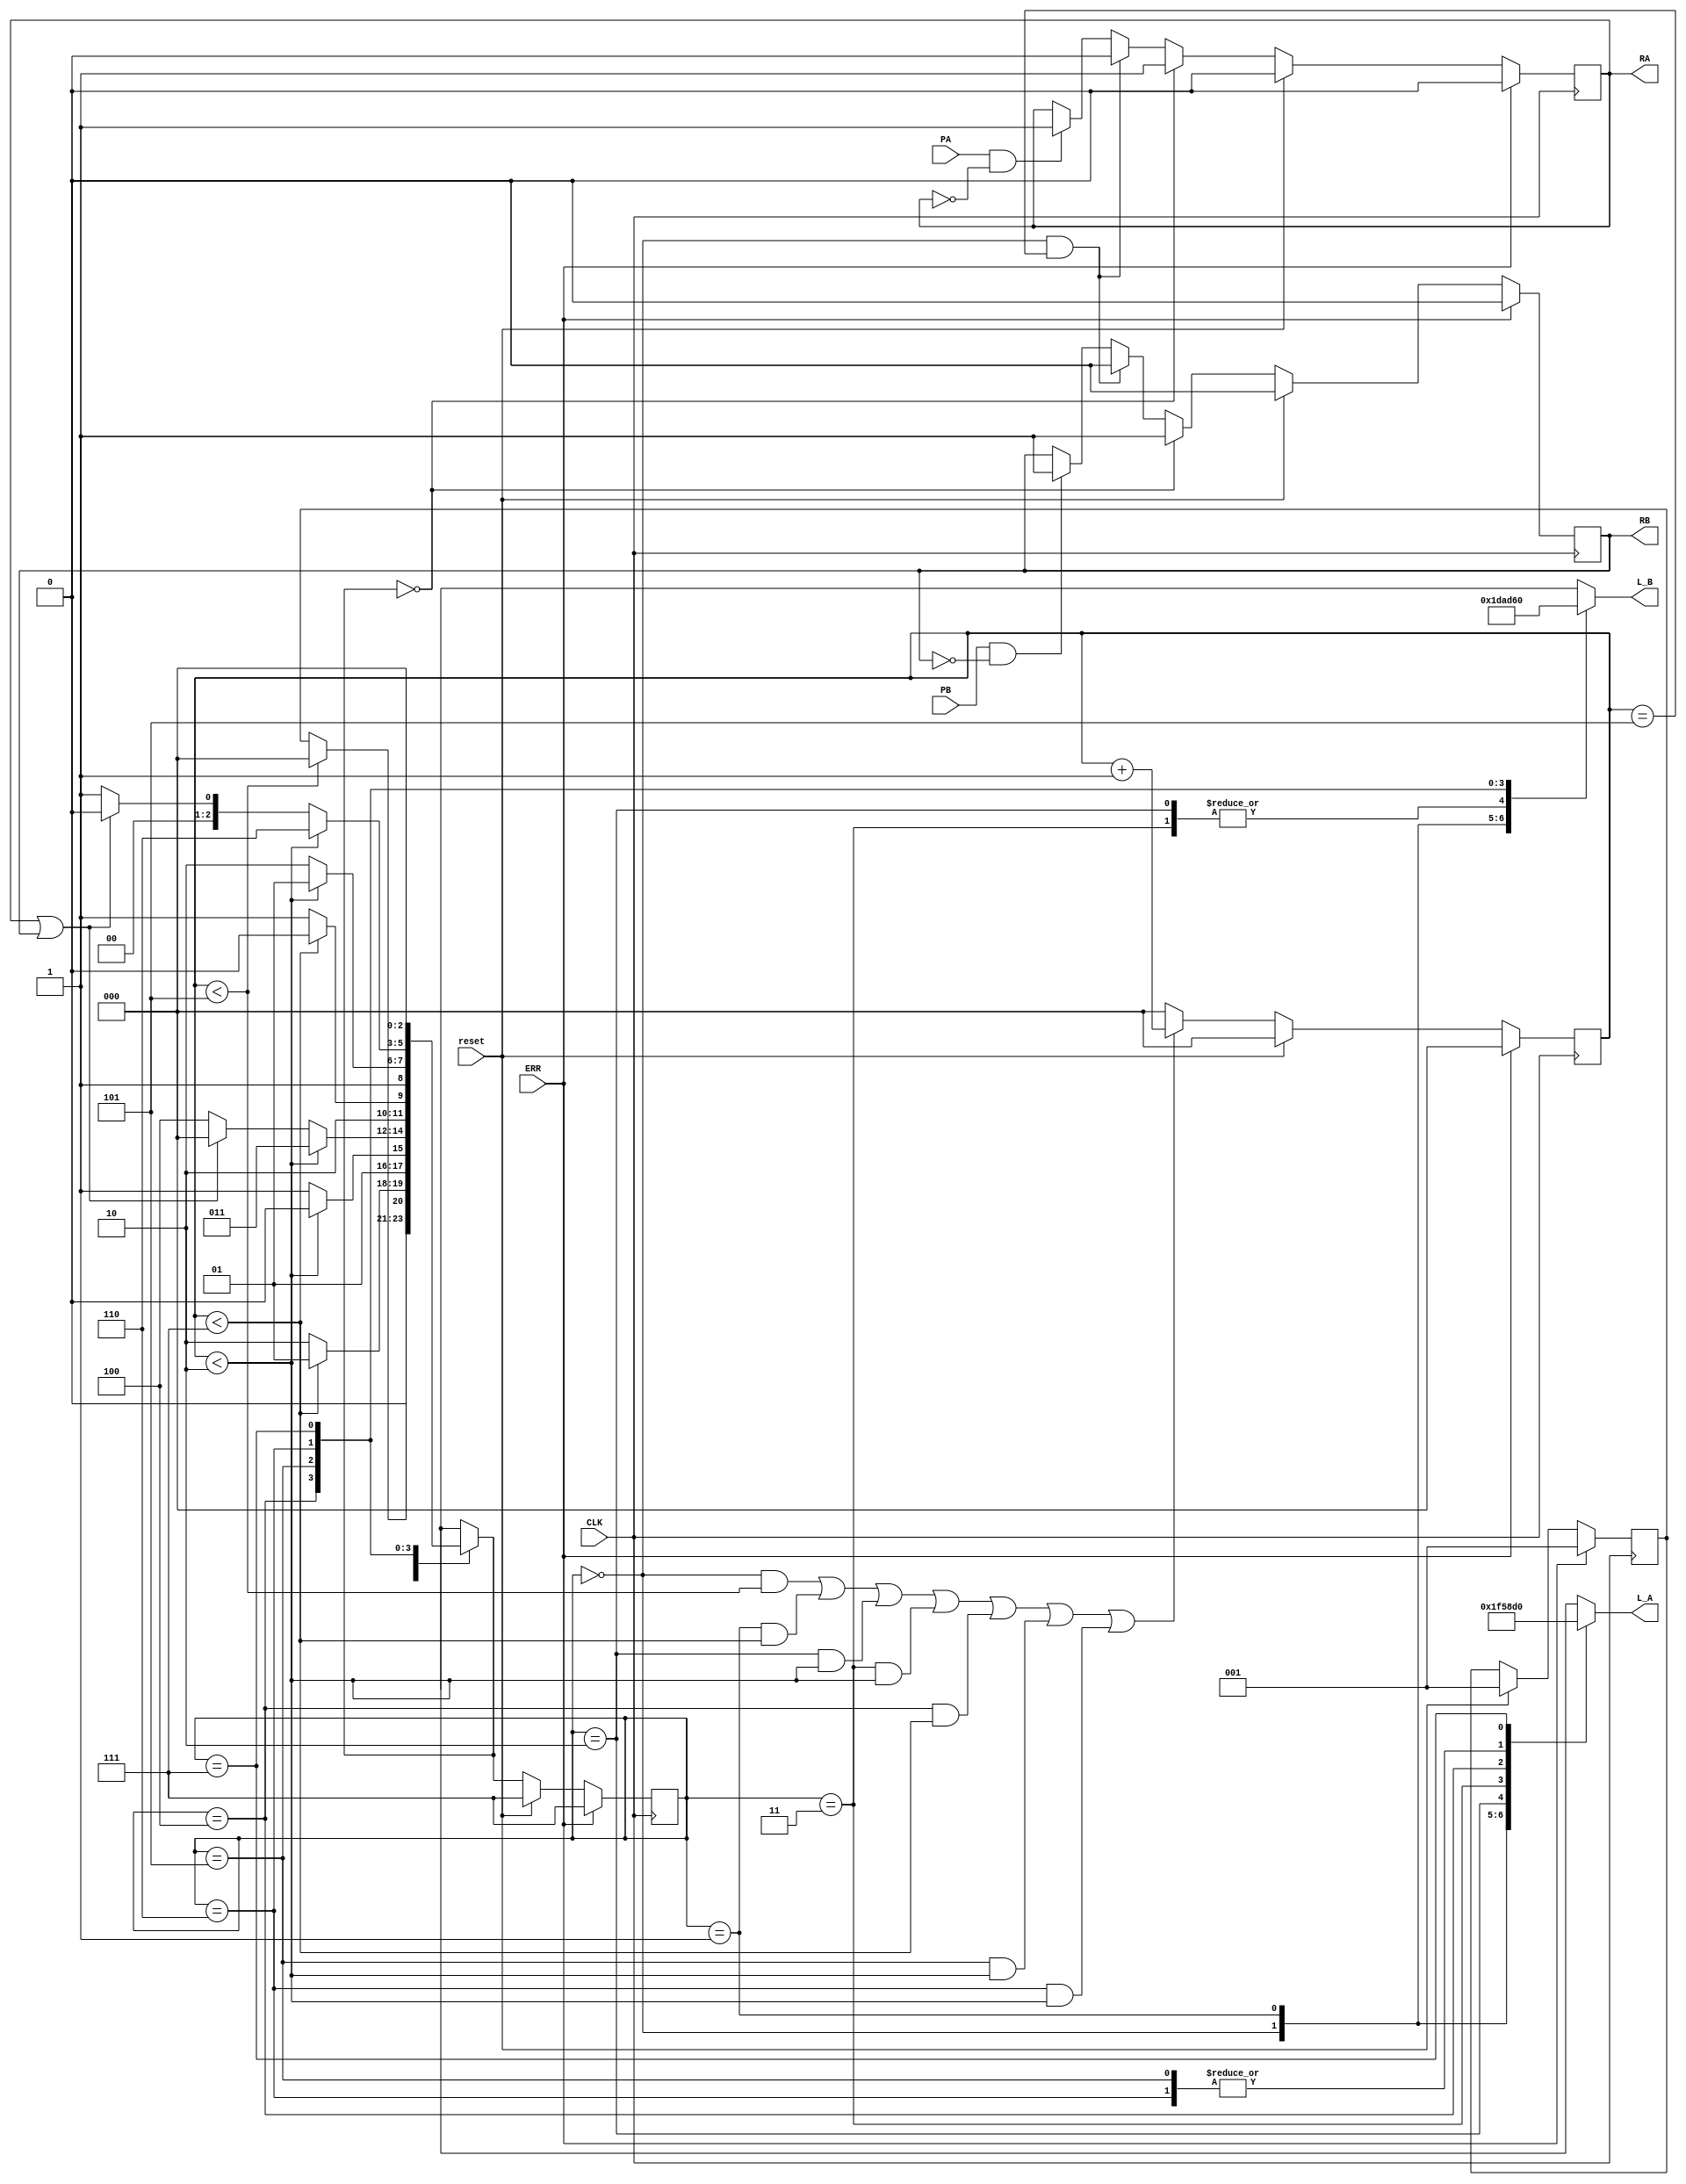
module traffic_control_binary (CLK, reset, ERR, PA, PB, L_A, L_B, RA, RB);
input CLK, reset, ERR, PA, PB;
output reg [2:0] L_A, L_B;
output reg RA, RB;

//OUTPUT
parameter	Flashing_Yellow	= 3'b000;	// Flashing_Yellow
parameter 	Flashing_Red = 3'b111;	// Flashing Red
parameter	Green_Arrow_Right = 3'b010;	// Green Arrow Right
parameter	Red = 3'b011;	// Red
parameter	Yellow = 3'b100;	// Yellow
parameter	Green_Arrow_Left = 3'b101;	// Green Arrow Left
parameter	Green = 3'b110;	// Green


		
//STATES
parameter STATE_0_PED_CROSSING = 3'b000;
parameter STATE_1 = 3'b001;
parameter STATE_2 = 3'b010;
parameter STATE_3 = 3'b011;
parameter STATE_4 = 3'b100;
parameter STATE_5 = 3'b101;
parameter STATE_6 = 3'b110;
parameter STATE_7_EXT_ERR = 3'b111;



reg [2:0] pres_state, next_state, count, temp_state, next_temp_state;

// ERR priority over reset
always @(posedge CLK) 
begin
	if(ERR) 
	begin
		pres_state <= STATE_7_EXT_ERR;
		count <= 0;
		temp_state <= STATE_1;
	end
	
	else if (reset) 
	begin
		pres_state <= STATE_7_EXT_ERR;
		count <= 0;
		temp_state <= STATE_1;
	end
	
	else 
	begin
		pres_state <= next_state;
		
		if(((pres_state == STATE_0_PED_CROSSING) && count < 5) || 
		((pres_state == STATE_1) && count < 7) || 
		((pres_state == STATE_2) && count < 2) || 
		((pres_state == STATE_3) && count < 2) || 
		((pres_state == STATE_4) && count < 7) || 
		((pres_state == STATE_5) && count < 2) ||
		((pres_state == STATE_6) && count < 2)) 
		begin
			count <= count + 1;
		end
		else 
			count <= 0;
	end
end

// RA and RB update
always @(posedge CLK) 
begin
	if(ERR) 
	begin
		RA <= 0;
		RB <= 0;
	end
	
	else if (reset) 
	begin
		RA <= 0;
		RB <= 0;
	end
	
	else 
	begin
		if(PA && !RA) 
			RA <= 1;
		if (PB && !RB) 
			RB <= 1;
				
		if((pres_state == STATE_0_PED_CROSSING) && (count == 5)) 
		begin
			RA <= 0;
			RB <= 0;
		end
		
		if(next_state == STATE_0_PED_CROSSING) 
		begin
			RA <= 1;
			RB <= 1;
		end
	end
end

// block for state transitions
always @(pres_state or count) 
begin
	case(pres_state)
		STATE_0_PED_CROSSING:
		begin
			L_A = Flashing_Red;
			L_B = Flashing_Red;
			if(count < 5)
			begin
				next_state = STATE_0_PED_CROSSING;
				next_temp_state = temp_state;
			end
			else 
			begin
				next_state = temp_state;
				next_temp_state = temp_state;
			end
		end
		STATE_1:
		begin
			L_A = Green;
			L_B = Red;
			if(count < 7)
			begin
				next_state = STATE_1;
				next_temp_state = temp_state;
			end
			else
			begin
				next_state = STATE_2;
				next_temp_state = temp_state;
			end
		end
		STATE_2:
		begin
			L_A = Green_Arrow_Left;
			L_B = Green_Arrow_Right;
			if(count < 2)
			begin
				next_state = STATE_2;
				next_temp_state = temp_state;
			end
			else
			begin
				next_state = STATE_3;
				next_temp_state = temp_state;
			end
		end
		STATE_3:
		begin
			L_A = Yellow;
			L_B = Green_Arrow_Right;
			if(count < 2)
			begin
				next_state = STATE_3;
				next_temp_state = temp_state;
			end
			else 
			begin
				if(RA || RB) 
				begin
					next_temp_state = STATE_4;
					next_state = STATE_0_PED_CROSSING;
				end
				else
				begin
					next_state = STATE_4;
					next_temp_state = STATE_1;
				end
			end
		end
		STATE_4:
		begin
			L_A = Red;
			L_B = Green;
			if(count < 7)
			begin
				next_state = STATE_4;
				next_temp_state = temp_state;
			end
			else
			begin
				next_state = STATE_5;
				next_temp_state = temp_state;
			end
		end
		STATE_5:
		begin
			L_A = Green_Arrow_Right;
			L_B = Green_Arrow_Left;
			if(count < 2)
			begin
				next_state = STATE_5;
				next_temp_state = temp_state;
			end
			else
			begin
				next_state = STATE_6;
				next_temp_state = temp_state;
			end
		end
		STATE_6:
		begin
			L_A = Green_Arrow_Right;
			L_B = Yellow;
			if(count < 2)
			begin
				next_state = STATE_6;
				next_temp_state = temp_state;
			end
			else 
			begin
				if(RA || RB) 
				begin
					next_temp_state = STATE_1;
					next_state = STATE_0_PED_CROSSING;
				end
				else
				begin
					next_state = STATE_1;
					next_temp_state = STATE_1;
				end
			end
		end
		STATE_7_EXT_ERR:
		begin
			next_state = STATE_0_PED_CROSSING;
			next_temp_state = STATE_1;	
			L_A = Flashing_Yellow;
			L_B = Flashing_Yellow;
		end
	endcase
end

endmodule